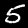
Label: 5